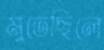
মুতেছিলে